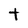
Character: t